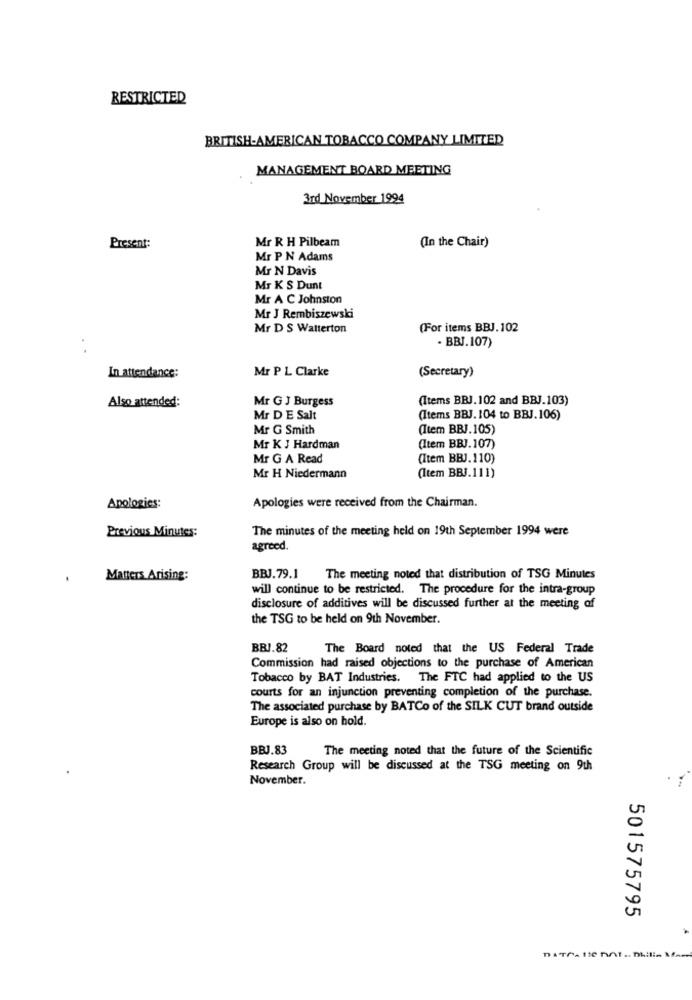
RESTRICTED
BRITISH-AMERICAN TOBACCO COMPANY LIMITED
MANAGEMENT BOARD MEETING
3rd November 1994
Mr R H Pilbeam
(In the Chair)
Present:
Mr P N Adams
Mr N Davis
Mr K S Dunt
Mr A C Johnston
Mr J Rembiszewski
Mr D S Watterton
(For items BBJ.102
. .
- BBJ.107)
Mr P L Clarke
(Secretary)
In attendance:
Mr G J Burgess
(Items BBJ.102 and BBJ.103)
Also attended:
Mr D E Salt
(Items BBJ. 104 to BBJ.106)
Mr G Smith
(Item BBJ.105)
Mr K J Hardman
(Item BBJ.107)
Mr G A Read
(Item BBJ.110)
Mr H Niedermann
(Item BBJ.111)
Apologies were received from the Chairman.
Apologies:
The minutes of the meeting held on 19th September 1994 were
Previous Minutes:
agreed.
Matters Arising:
BBJ.79.1
The meeting noted that distribution of TSG Minutes
will continue to be restricted. The procedure for the intra-group
disclosure of additives will be discussed further at the meeting of
the TSG to be held on 9th November.
BBJ.82
The Board noted that the US Federal Trade
Commission had raised objections to the purchase of American
Tobacco by BAT Industries. The FTC had applied to the US
courts for an injunction preventing completion of the purchase.
The associated purchase by BATCo of the SILK CUT brand outside
Europe is also on hold.
BBJ.83
The meeting noted that the future of the Scientific
Research Group will be discussed at the TSG meeting on 9th
November.
501575795
.